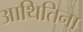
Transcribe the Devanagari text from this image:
आथितिना